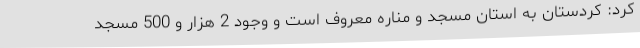
کرد: کردستان به استان مسجد و مناره معروف است و وجود 2 هزار و 500 مسجد